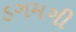
ડગમગી